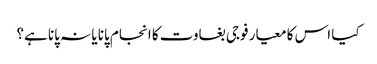
کیا اس کا معیار فوجی بغاوت کا انجام پانا یا نہ پانا ہے؟